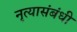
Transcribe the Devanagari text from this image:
नृत्यासंबंधी